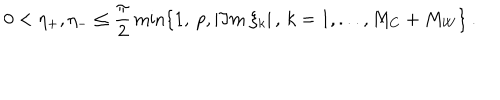
LaTeX: 0 < \eta _ { + } , \eta _ { - } \leq \frac { \pi } { 2 } \min \{ 1 , \: p , | \Im m \: \xi _ { k } | \, , \, k = 1 , . . . , M _ { C } + M _ { W } \} \: .